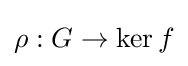
\rho :G\rightarrow \operatorname {ker} f